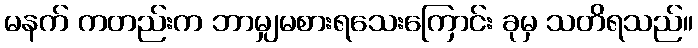
မနက် ကတည်းက ဘာမျှမစားရသေးကြောင်း ခုမှ သတိရသည်။